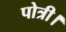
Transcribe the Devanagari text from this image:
पोत्री।